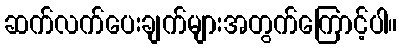
ဆက်လက်ပေးချက်များအတွက်ကြောင့်ပါ။